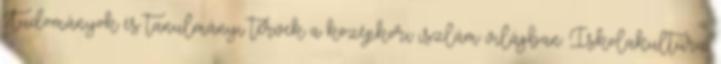
Tudományok és tanulmányi tervek a középkori iszlám világban. Iskolakultúra,